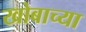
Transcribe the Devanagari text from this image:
खोबाच्या